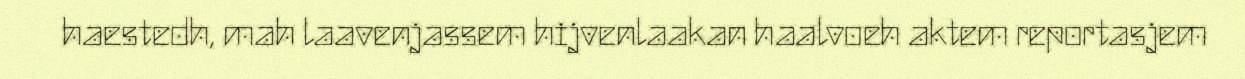
haestedh, mah laavenjassem hijvenlaakan haalvoeh aktem reportasjem